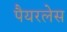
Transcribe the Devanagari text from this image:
पैयरलेस